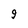
Character: 9